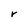
Character: r